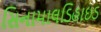
સિનામાલડિહાઇડ